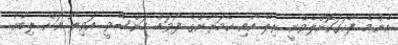
އެންމެ ފާހަގަކޮށްލެވެނީ ރިލޭ އާއި ކެމަރޫންގެ ފޯވަޑް ހަންސޭވީ އަވިލޯ އަށް ލިބުނު